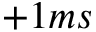
+ 1 m s